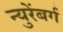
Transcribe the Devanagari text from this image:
न्युरेंबर्ग